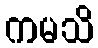
ကမသိ